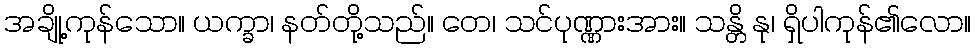
အချို့ကုန်သော။ ယက္ခာ၊ နတ်တို့သည်။ တေ၊ သင်ပုဏ္ဏားအား။ သန္တိ နု၊ ရှိပါကုန်၏လော။